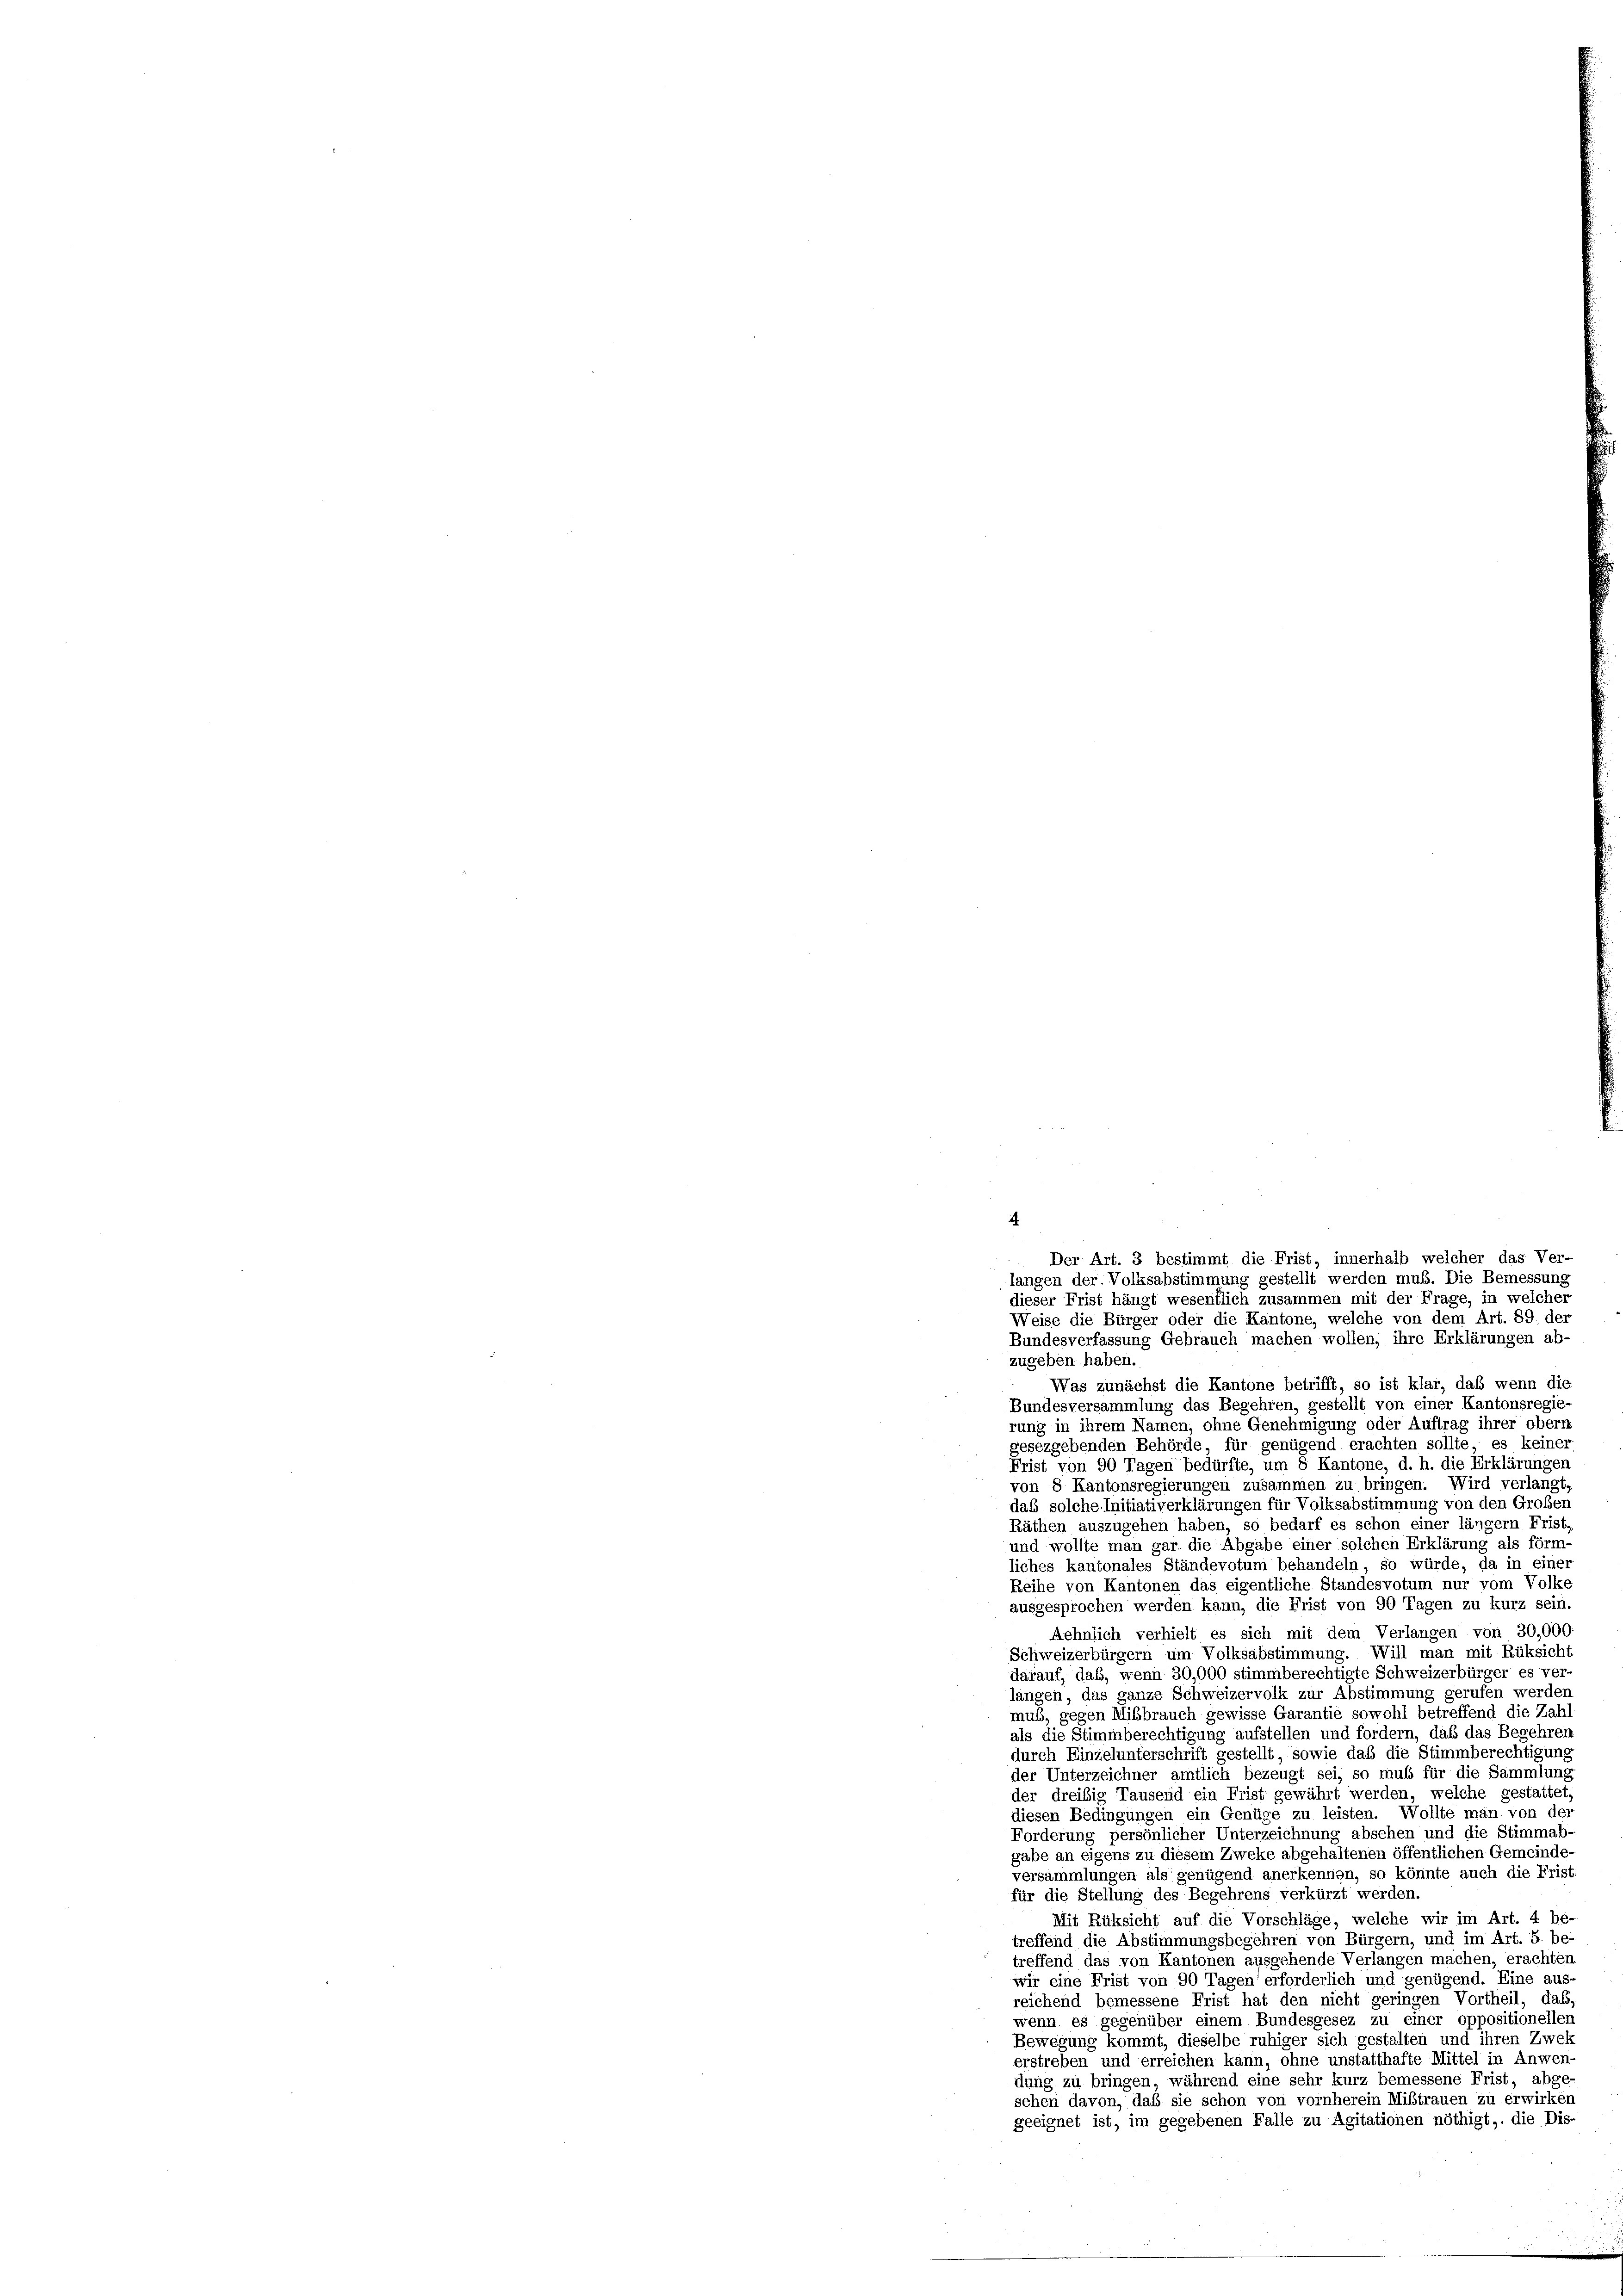
4
Der Art. 3 bestimmt die Frist, innerhalb welcher das Ver-
langen der Volksabstimmung gestellt werden muß. Die Bemessung
dieser Frist hängt wesentlich zusammen mit der Frage, in welcher
Weise die Bürger oder die Kantone, welche von dem Art. 89. der
Bundesverfassung Gebrauch machen wollen, ihre Erklärungen ab-

zugeben haben.
Was zunächst die Kantone betrifft, so ist klar, daß wenn die
Bundesversammlung das Begehren, gestellt von einer Kantonsregie-
rung in ihrem Namen, ohne Genehmigung oder Auftrag ihrer obern
gesezgebenden Behörde für genügend erachten sollte, es keiner
Frist von 90 Tagen bedürfte, um 8 Kantone, d. h. die Erklärungen
von 8 Kantonsregierungen zusammen zu bringen. Wird verlangt
daß solche Initiativerklärungen für Volksabstimmung von den Großen
Räthen auszugehen haben, so bedarf es schon einer längern Frist
und wollte man gar die Abgabe einer solchen Erklärung als förm-
liches kantonales Ständevotum behandeln so würde, da in einer
Reihe von Kantonen das eigentliche Standesvotum nur vom Volke
ausgesprochen werden kann, die Frist von 90 Tagen zu kurz sein
Aehnlich verhielt es sich mit dem Verlangen von 30,000
Schweizerbürgern um Volksabstimmung. Will man mit Rüksicht
darauf, daß, wenn 30,000 stimmberechtigte Schweizerbürger es ver
langen, das ganze Schweizervolk zur Abstimmung gerufen werden
muß, gegen Mißbrauch gewisse Garantie sowohl betreffend die Zah-
als die Stimmberechtigung aufstellen und fordern, daß das Begehren
durch Einzelunterschrift gestellt, sowie daß die Stimmberechtigung
der Unterzeichner amtlich bezeugt sei, so muss für die Sammlung
der dreisig Tausend ein Frist gewährt werden, welche gestattet,
diesen Bedingungen ein Genüge zu leisten. Wollte man von der
Forderung persönlicher Unterzeichnung absehen und die Stimmab-
gabe an eigens zu diesem Zweke abgehaltenen öffentlichen Gemeinde
versammlungen als genügend anerkennen, so könnte auch die Frist
für die Stellung des Begehrens verkürzt werden.
Mit Rüksicht auf die Vorschläge, welche wir im Art. 4 be-
treffend die Abstimmungsbegehren von Bürgern, und im Art. 5. be-
treffend das von Kantonen ausgehende Verlangen machen, erachten
wir eine Frist von 90 Tagen erforderlich und genügend. Eine aus
reichend bemessene Frist hat den nicht geringen Vortheil, daß,
wenn es gegenüber einem Bundesgesez zu einer oppositioneller
Bewegung kommt, dieselbe ruhiger sich gestalten und ihren Zwek
erstreben und erreichen kann, ohne unstatthafte Mittel in Anwen-
dung zu bringen, während eine sehr kurz bemessene Frist, abge-
sehen davon, daß sie schon von vornherein Mißtrauen zu erwirken
geeignet ist, im gegebenen Falle zu Agitationen nöthigt, die Dis